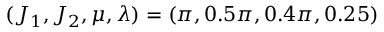
( J _ { 1 } , J _ { 2 } , \mu , \lambda ) = ( \pi , 0 . 5 \pi , 0 . 4 \pi , 0 . 2 5 )